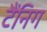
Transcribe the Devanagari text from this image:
टैंनिग